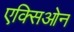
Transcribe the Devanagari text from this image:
एक्सिओन